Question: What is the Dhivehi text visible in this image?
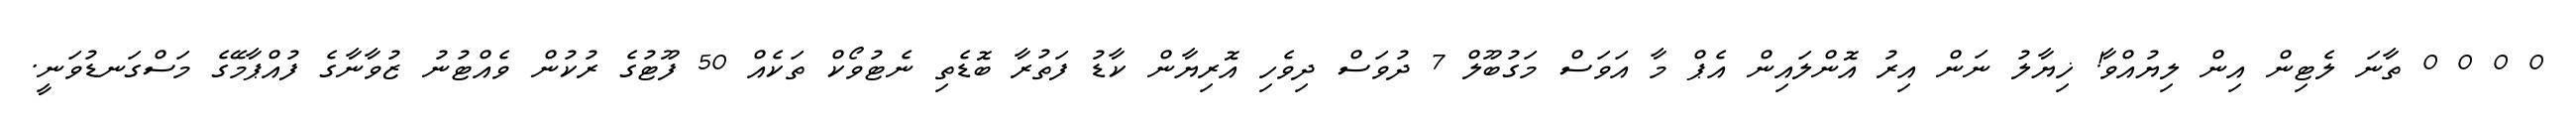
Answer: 0 0 0 0 ތާނަ ލެޓިން އިން ލިޔުއްވާ! ޚިޔާލު ނަން އިރު އޮންލައިން އެޕް މާ އަވަސް މަގުބޫލް 7 ދުވަސް ދިވެހި އޮރިޔާން ކާޑު ފަތުރާ ބޮޑެތި ނެޓުވޯކް ތަކެއް 50 ފޫޓުގެ ރުކުން ވެއްޓުނު ޒުވާނާގެ ފުއްޕާމޭގެ މަސްގަނޑުވަނީ.